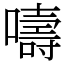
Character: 嚋